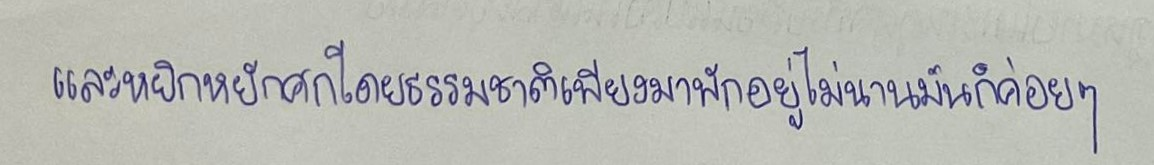
และหยิกหยักศกโดยธรรมชาติเพียงมาพักอยู่ไม่นานมันก็ค่อยๆ